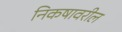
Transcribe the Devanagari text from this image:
निकषावरील